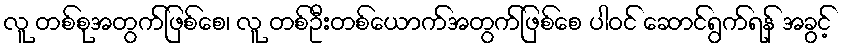
လူ တစ်စုအတွက်ဖြစ်စေ၊ လူ တစ်ဦးတစ်ယောက်အတွက်ဖြစ်စေ ပါဝင် ဆောင်ရွက်ရန် အခွင့်